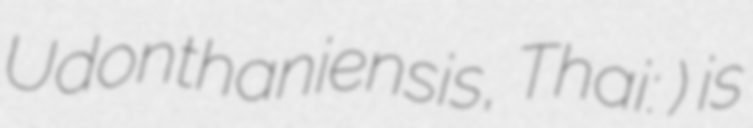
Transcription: Udonthaniensis, Thai: สังฆมณฑลอุดรธานี) is